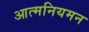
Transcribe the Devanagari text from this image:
आत्मनियमन